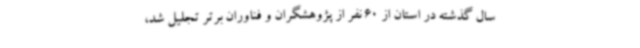
سال گذشته در استان از 60 نفر از پژوهشگران و فناوران برتر تجلیل شد،